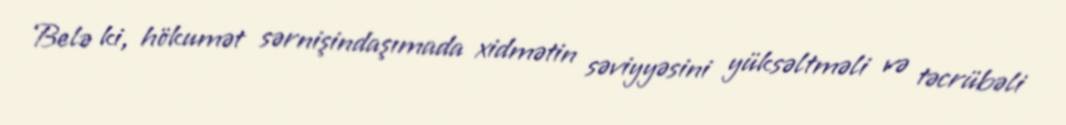
Belə ki, hökumət sərnişindaşımada xidmətin səviyyəsini yüksəltməli və təcrübəli